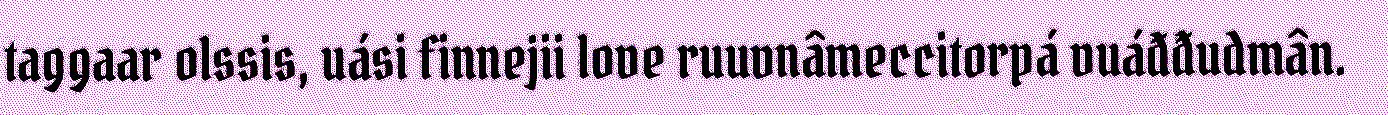
taggaar olssis, uási finnejii love ruuvnâmeccitorpá vuáđđudmân.